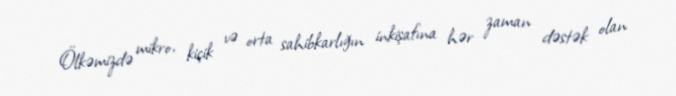
Ölkəmizdə mikro, kiçik və orta sahibkarlığın inkişafına hər zaman dəstək olan